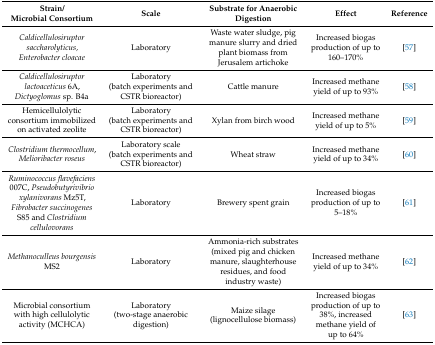
<table><thead><tr><td><b>Strain/Microbial Consortium</b></td><td><b>Scale</b></td><td><b>Substrate for Anaerobic Digestion</b></td><td><b>Effect</b></td><td><b>Reference</b></td></tr></thead><tbody><tr><td><i>Caldicellulosiruptor saccharolyticus,</i><i>Enterobacter cloacae</i></td><td>Laboratory</td><td>Waste water sludge, pig manure slurry and dried plant biomass from Jerusalem artichoke</td><td>Increased biogas production of up to 160–170%</td><td>[57]</td></tr><tr><td><i>Caldicellulosiruptor lactoaceticus</i> 6A, <i>Dictyoglomus</i> sp. B4a</td><td>Laboratory(batch experiments and CSTR bioreactor)</td><td>Cattle manure</td><td>Increased methane yield of up to 93%</td><td>[58]</td></tr><tr><td>Hemicellulolytic consortium immobilized on activated zeolite</td><td>Laboratory(batch experiments and CSTR bioreactor)</td><td>Xylan from birch wood</td><td>Increased methane yield of up to 5%</td><td>[59]</td></tr><tr><td><i>Clostridium thermocellum</i>, <i>Melioribacter roseus</i></td><td>Laboratory scale(batch experiments and CSTR bioreactor)</td><td>Wheat straw</td><td>Increased methane yield of up to 34%</td><td>[60]</td></tr><tr><td><i>Ruminococcus flavefaciens</i> 007C, <i>Pseudobutyrivibrio xylanivorans</i> Mz5T, <i>Fibrobacter succinogenes</i> S85 and <i>Clostridium cellulovorans</i></td><td>Laboratory</td><td>Brewery spent grain</td><td>Increased biogas production of up to 5–18%</td><td>[61]</td></tr><tr><td><i>Methanoculleus bourgensis</i> MS2</td><td>Laboratory</td><td>Ammonia-rich substrates (mixed pig and chicken manure, slaughterhouse residues, and food industry waste)</td><td>Increased methane yield of up to 34%</td><td>[62]</td></tr><tr><td>Microbial consortium with high cellulolytic activity (MCHCA)</td><td>Laboratory(two-stage anaerobic digestion)</td><td>Maize silage (lignocellulose biomass)</td><td>Increased biogas production of up to 38%, increased methane yield of up to 64%</td><td>[63]</td></tr></tbody></table>